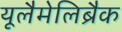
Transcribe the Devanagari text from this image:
यूलैमेलिब्रैक